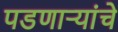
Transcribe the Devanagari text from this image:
पडणाऱ्यांचे